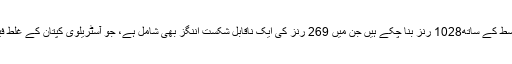
ابتدائی 12 ٹیسٹ مقابلوں میں ہی وہ 85 سے زیادہ کے اوسط کے ساتھ1028 رنز بنا چکے ہیں جن میں 269 رنز کی ایک ناقابل شکست اننگز بھی شامل ہے، جو آسٹریلوی کپتان کے غلط فیصلے کی وجہ سے یقینی ٹرپل سنچری تک نہ پہنچ سکی۔